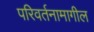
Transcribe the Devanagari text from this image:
परिवर्तनामागील